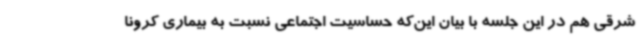
شرقی هم در این جلسه با بیان این‌که حساسیت اجتماعی نسبت به بیماری کرونا